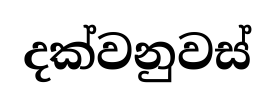
දක්වනුවස්